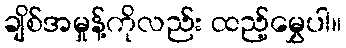
ချိစ်အမှုန့်ကိုလည်း ထည့်မွှေပါ။